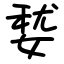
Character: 㛷